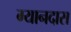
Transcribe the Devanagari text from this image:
ग्यानदास